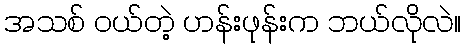
အသစ် ဝယ်တဲ့ ဟန်းဖုန်းက ဘယ်လိုလဲ။